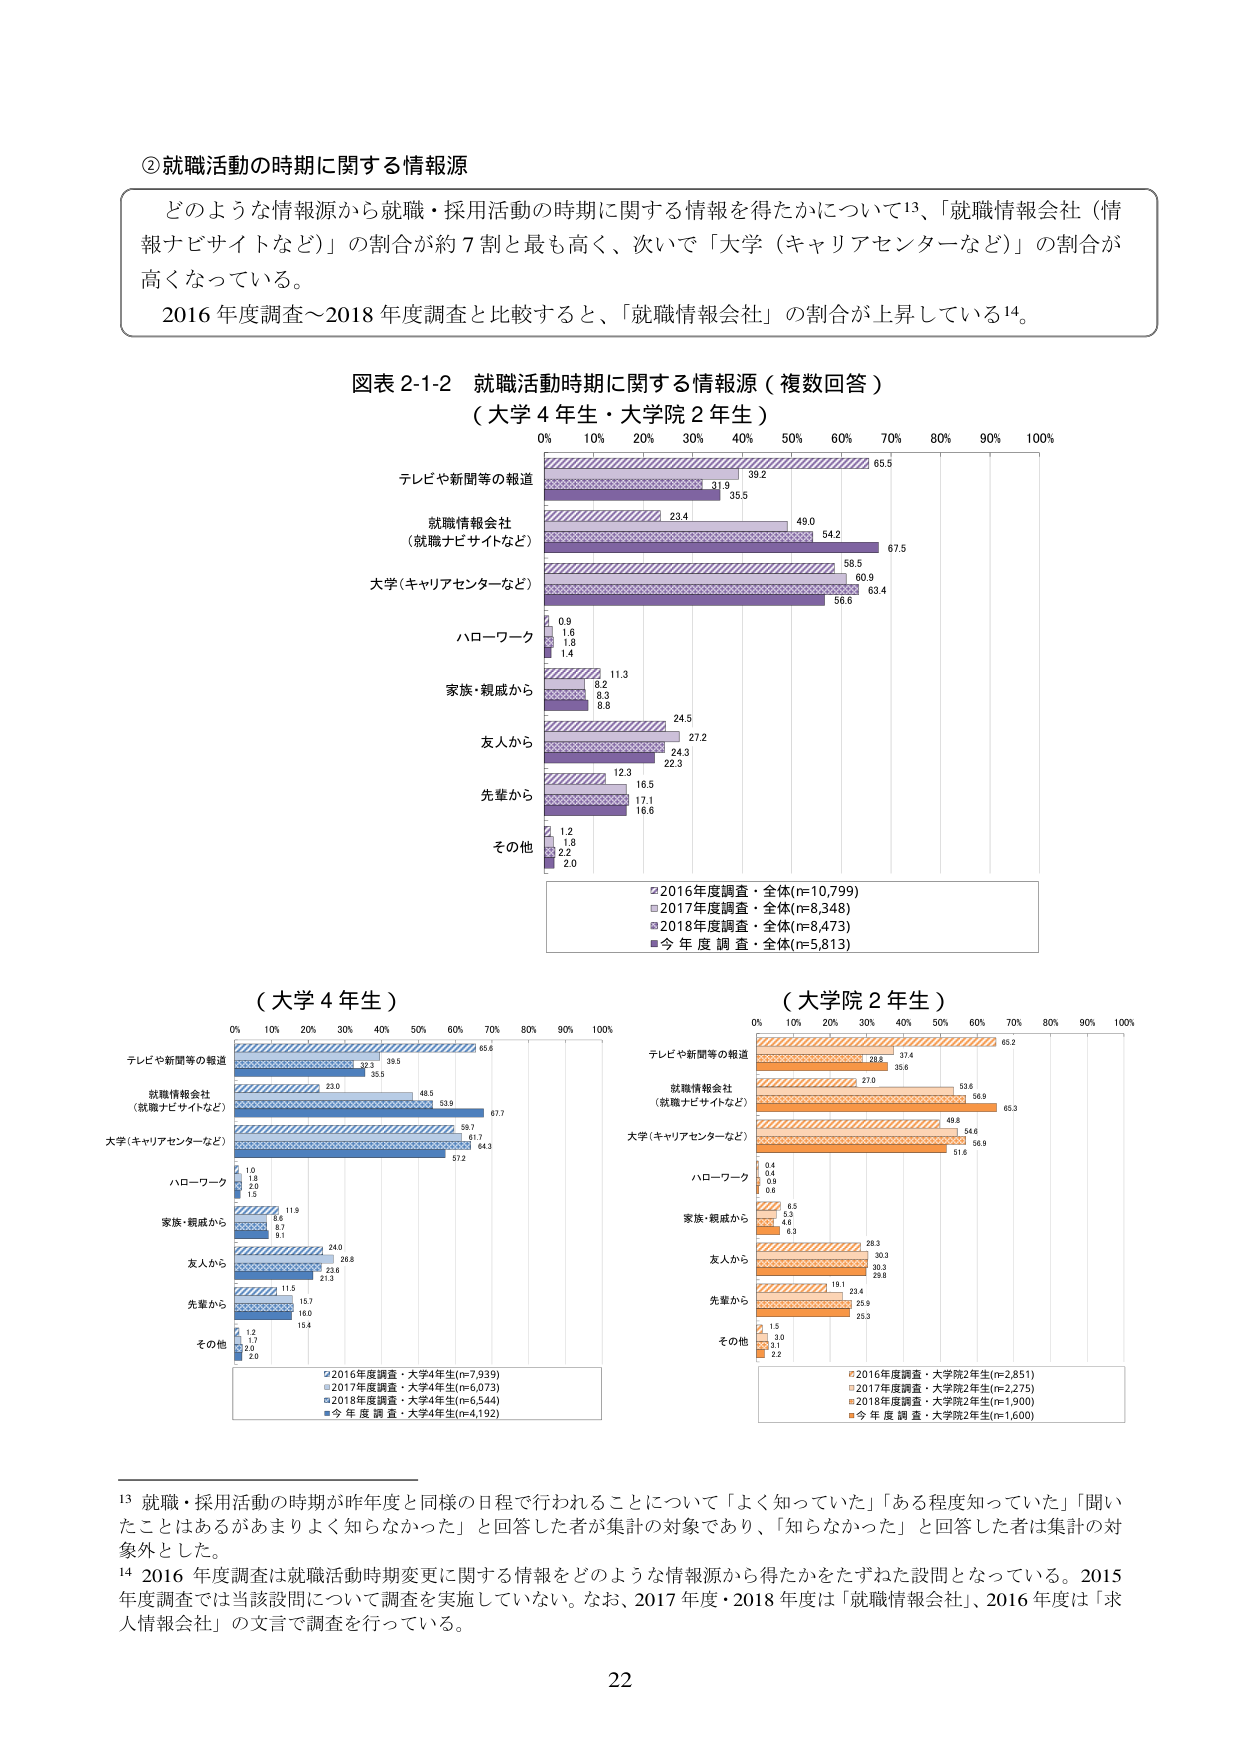
②就職活動の時期に関する情報源

どのような情報源から就職・採用活動の時期に関する情報を得たかについて13、「就職情報会社（情報ナビサイトなど）」の割合が約7割と最も高く、次いで「大学（キャリアセンターなど）」の割合が高くなっている。

2016年度調査～2018年度調査と比較すると、「就職情報会社」の割合が上昇している14。

図表2-1-2 就職活動時期に関する情報源（複数回答）
（大学4年生・大学院2年生）

0% 10% 20% 30% 40% 50% 60% 70% 80% 90% 100%

テレビや新聞等の報道
65.5
39.2
31.9
35.5

就職情報会社
（就職ナビサイトなど）
67.5
54.2
49.0
23.4

大学（キャリアセンターなど）
63.4
60.9
58.5
56.6

ハローワーク
1.4
1.8
1.6
0.9

家族・親戚から
11.3
8.8
8.3
8.2

友人から
27.2
24.3
22.3
24.5

先輩から
16.5
17.1
16.6
12.3

その他
2.0
2.2
1.8
1.2

■2016年度調査・全体(n=10,799)
■2017年度調査・全体(n=8,348)
■2018年度調査・全体(n=8,473)
■今年度調査・全体(n=5,813)

（大学4年生）

0% 10% 20% 30% 40% 50% 60% 70% 80% 90% 100%

テレビや新聞等の報道
65.6
39.5
32.3
35.5

就職情報会社
（就職ナビサイトなど）
67.7
53.9
48.5
23.0

大学（キャリアセンターなど）
64.3
61.7
59.7
57.2

ハローワーク
2.0
1.8
1.6
1.0

家族・親戚から
11.9
9.1
8.7
6.6

友人から
26.8
23.6
21.3
24.0

先輩から
16.0
15.7
16.4
11.5

その他
2.0
1.7
1.7
1.2

■2016年度調査・大学4年生(n=7,339)
■2017年度調査・大学4年生(n=6,073)
■2018年度調査・大学4年生(n=6,544)
■今年度調査・大学4年生(n=4,192)

（大学院2年生）

0% 10% 20% 30% 40% 50% 60% 70% 80% 90% 100%

テレビや新聞等の報道
65.2
37.4
30.6
28.8

就職情報会社
（就職ナビサイトなど）
65.3
56.9
53.6
27.0

大学（キャリアセンターなど）
56.9
54.6
49.8
51.6

ハローワーク
0.6
0.8
0.4
0.4

家族・親戚から
6.3
4.6
5.3
6.5

友人から
29.8
30.3
28.3
27.0

先輩から
25.3
23.4
19.1
25.9

その他
2.2
3.0
2.0
1.5

■2016年度調査・大学院2年生(n=2,851)
■2017年度調査・大学院2年生(n=2,275)
■2018年度調査・大学院2年生(n=1,900)
■今年度調査・大学院2年生(n=1,600)

13 就職・採用活動の時期が昨年度と同様の日程で行われることについて「よく知っていた」「ある程度知っていた」「聞いたことはあるがあまりよく知らなかった」と回答した者が集計の対象であり、「知らなかった」と回答した者は集計の対象外とした。

14 2016年度調査は就職活動時期変更に関する情報をどのような情報源から得たかをたずねた設問となっている。2015年度調査では当該設問について調査を実施していない。なお、2017年度・2018年度は「就職情報会社」、2016年度は「求人情報会社」の文言で調査を行っている。

22